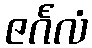
ဇင်္ဂလံ